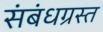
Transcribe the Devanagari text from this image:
संबंधग्रस्त